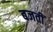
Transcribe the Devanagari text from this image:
बजतीं